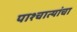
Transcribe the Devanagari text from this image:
पाश्चात्यांचा